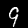
Label: 9